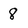
Character: 8